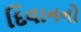
દિવાનનો